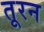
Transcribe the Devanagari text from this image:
तूरन